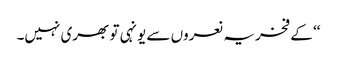
‘‘ کے فخریہ نعروں سے یونہی تو بھری نہیں۔